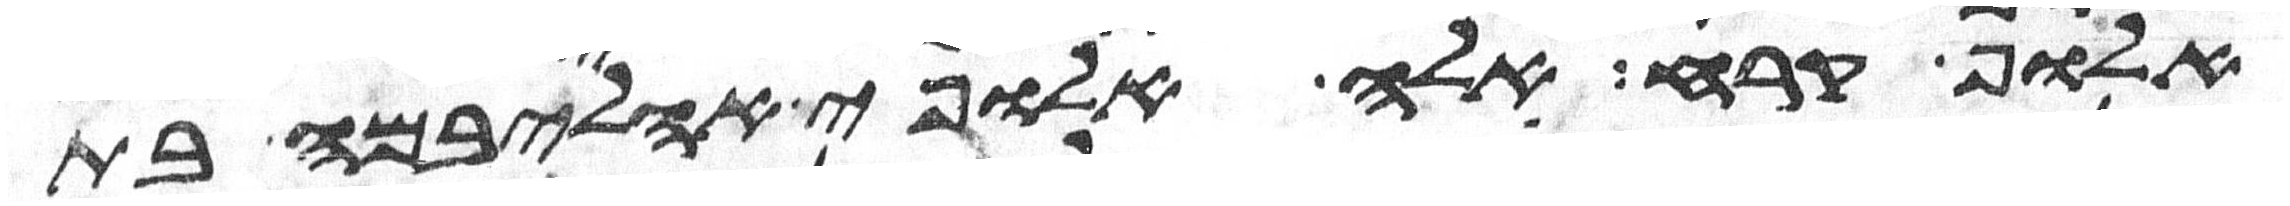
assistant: אלוף קרח אלה אלופי אהליבמה בת